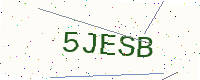
Text: 5JESB